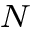
_ N